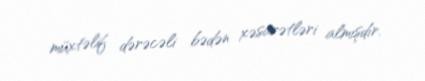
müxtəlif dərəcəli bədən xəsarətləri almışdır.